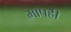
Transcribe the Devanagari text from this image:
मापही